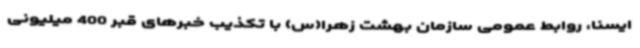
ایسنا، روابط عمومی سازمان بهشت زهرا(س) با تکذیب خبرهای قبر 400 میلیونی